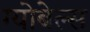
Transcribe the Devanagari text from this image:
ग्योबेल्स